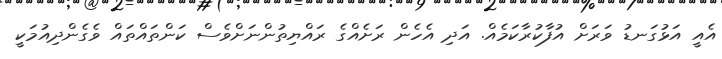
އެއީ އަޅުގަނޑު ވަރަށް އުފާކުރާކަމެއް. އަދި އެހެން ރަށެއްގެ ރައްޔިތުންނަށްވެސް ކަންތައްތައް ވެގެންދިއުމަކީ